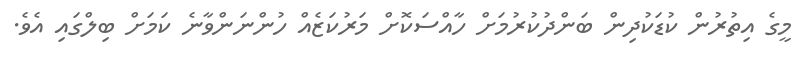
މީގެ އިތުރުން ކުޑަކުދިން ބަންދުކުރުމަށް ހާއްސަކޮށް މަރުކަޒެއް ހުންނަންވާނެ ކަމަށް ބިލްގައި އެވެ.